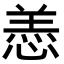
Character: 𫺵